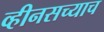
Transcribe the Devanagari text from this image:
व्हीनसच्याच